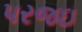
પરજઇ